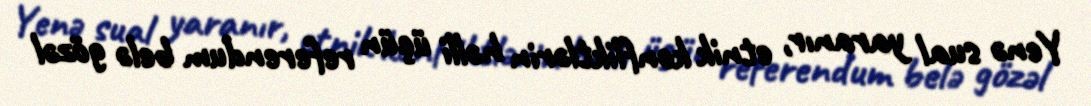
Yenə sual yaranır, etnik konfliktlərin həlli üçün referendum belə gözəl